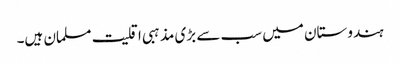
ہندوستان میں سب سے بڑی مذہبی اقلیت مسلمان ہیں۔